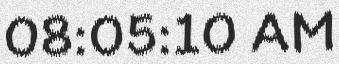
08:05:10 AM